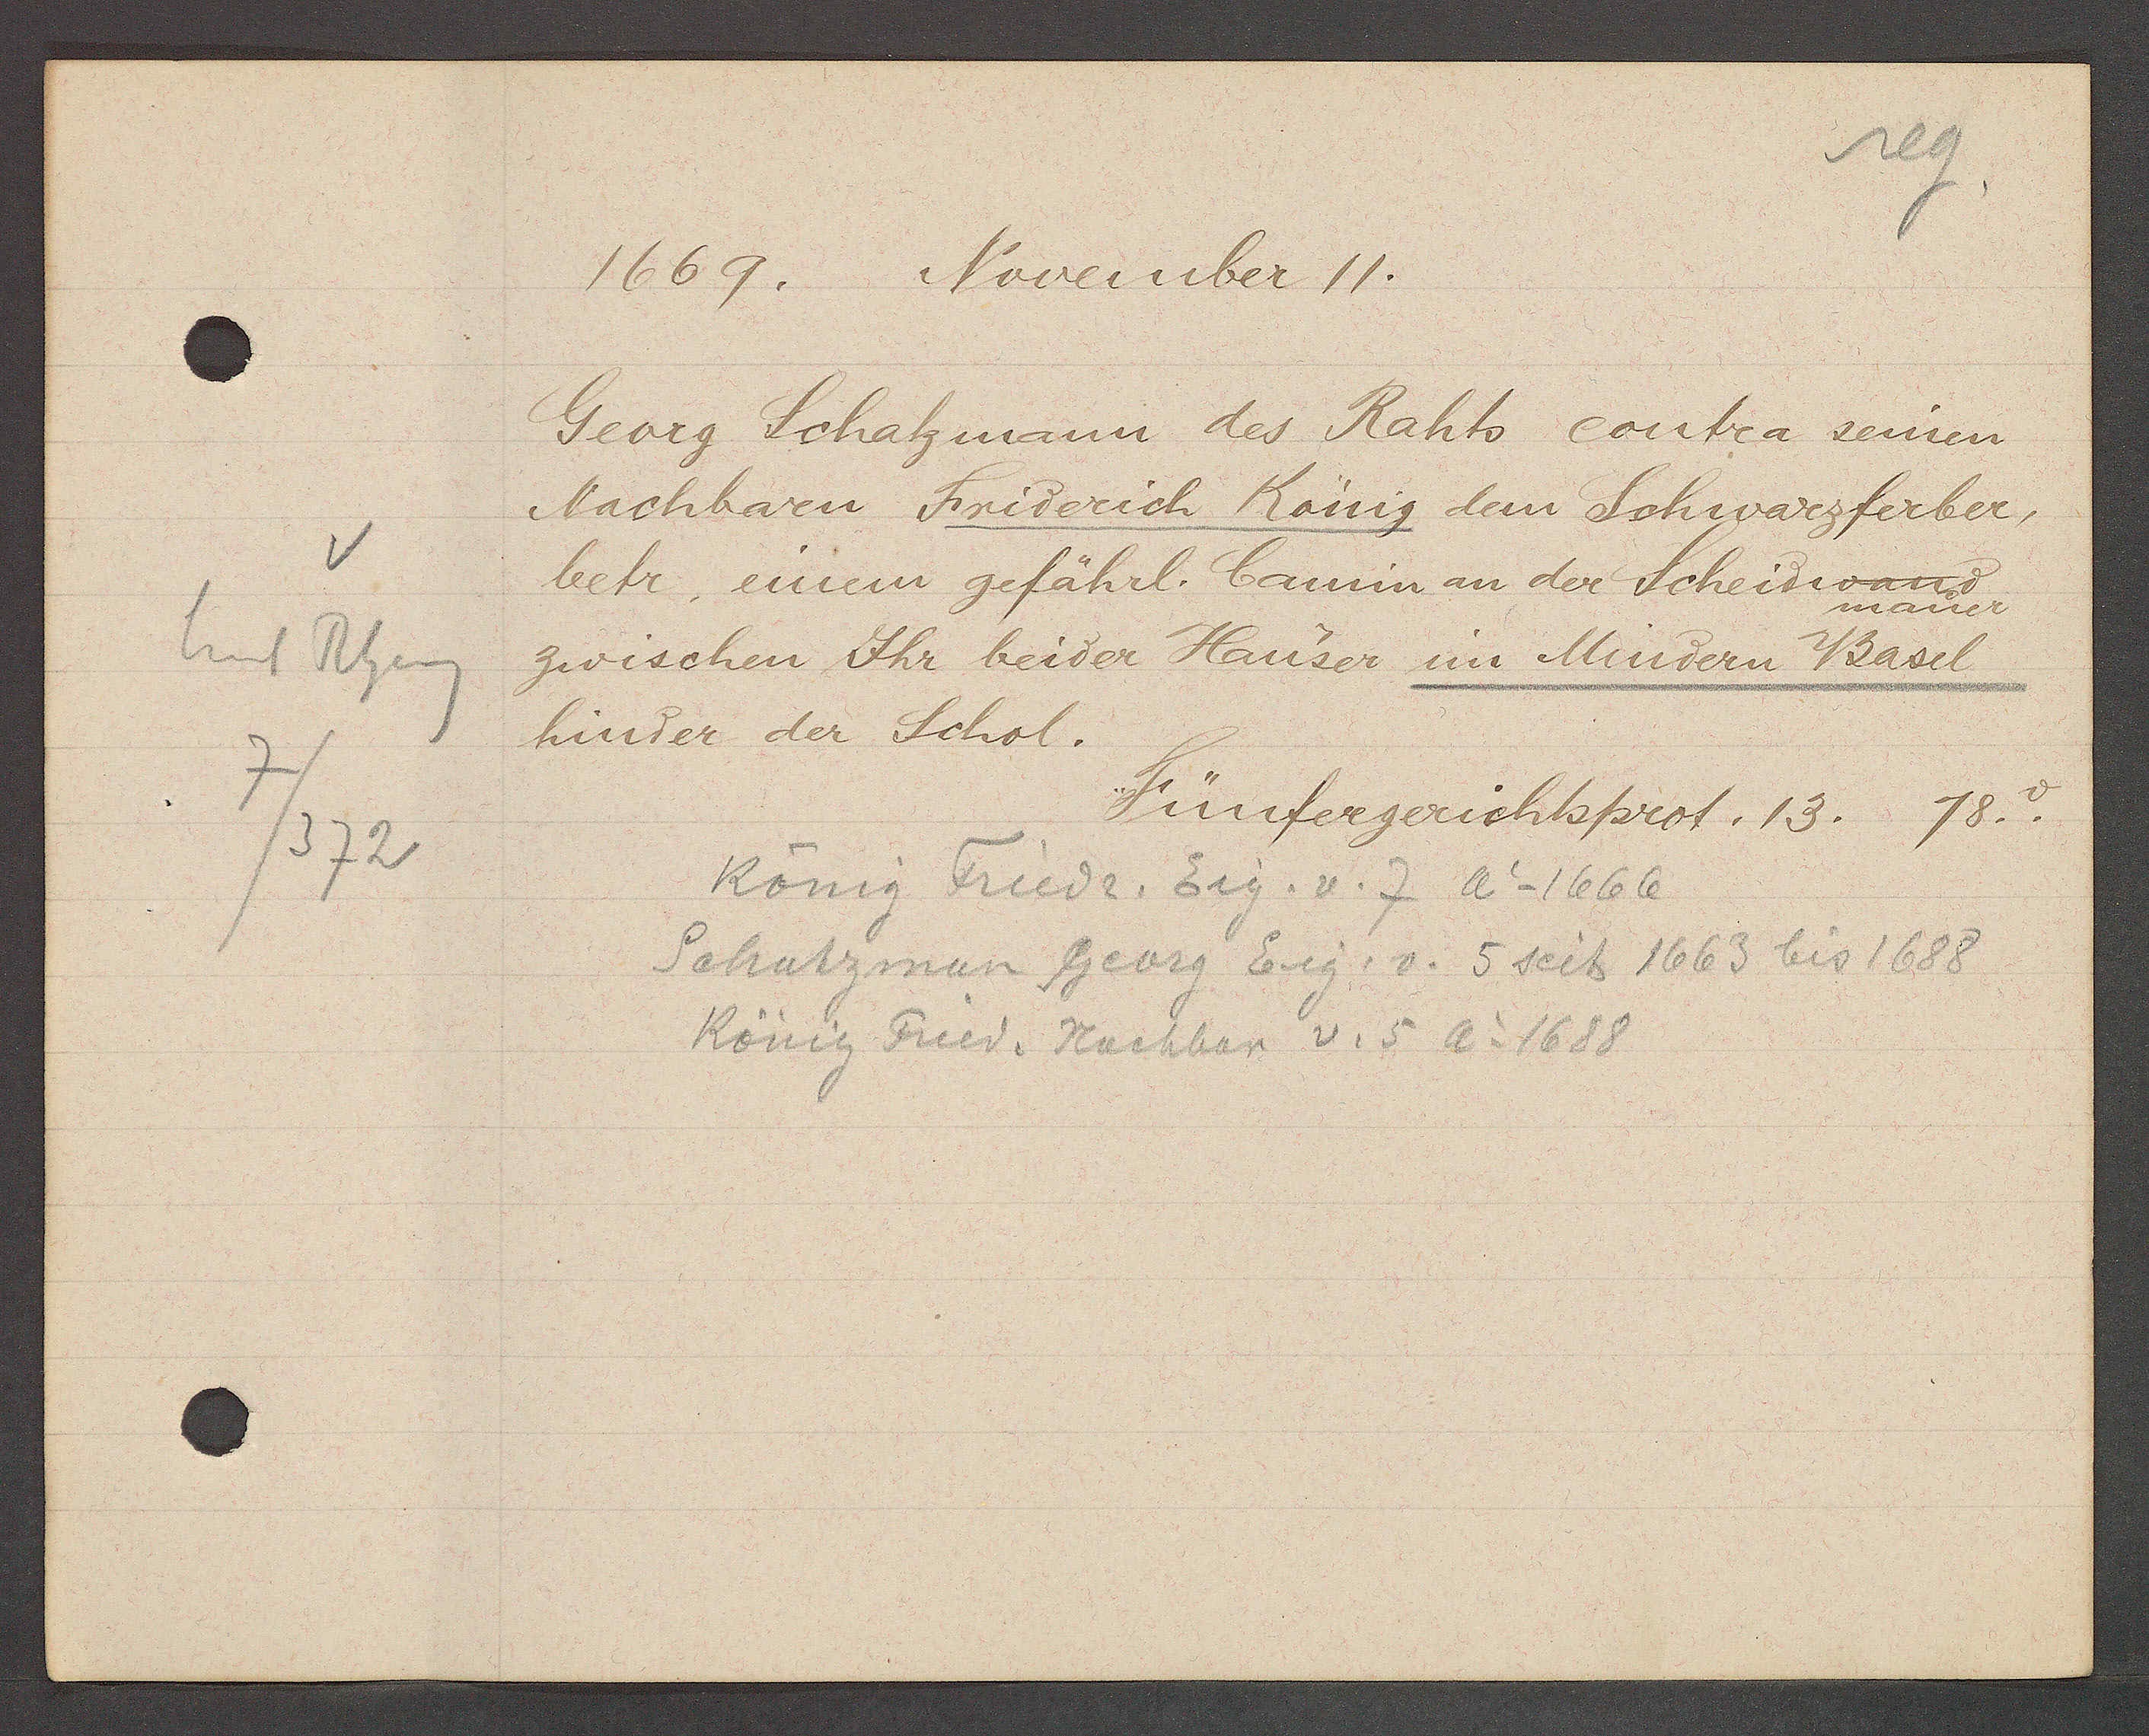
Transcript:
V
hint Rheing
7/372

1669. November 11.

Georg Schatzmann des Rahts contra seinen
Nachbaren Friderich König dem Schwarzferber,
betr. einem gefährl. Camin an der Scheinmauer
zwischen Ihr beider Hauser im Mindern Basel
hinder der Schol.

Fünfergerichtsprot. 13. 18.v.

König Friedr. Eig. v. 7 Ao 1666
Schatzman Georg Eig. v. 5 seit 1663 bis 1688
König Fried. Nachbar v. 5 Ao 1688